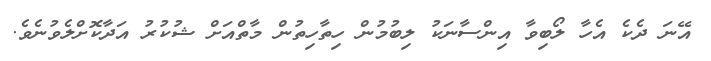
އޭނަ ދެކެ އެހާ ލޯބިވާ އިންސާނަކު ލިބުމުން ހިތާހިތުން މާތްއަށް ޝުކުރު އަދާކޮށްލެވުނެވެ.